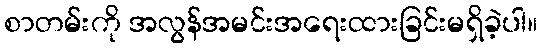
စာတမ်းကို အလွန်အမင်းအရေးထားခြင်းမရှိခဲ့ပါ။